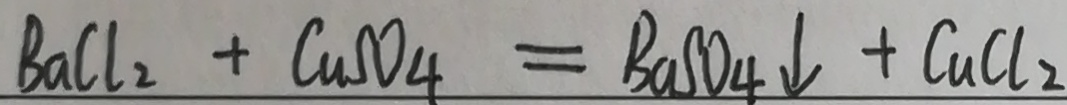
B a C l _ { 2 } + C u S O _ { 4 } = B a S O _ { 4 } \downarrow + C u C l _ { 2 }